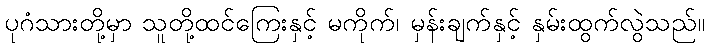
ပုဂံသားတို့မှာ သူတို့ထင်ကြေးနှင့် မကိုက်၊ မှန်းချက်နှင့် နှမ်းထွက်လွဲသည်။